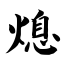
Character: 熄